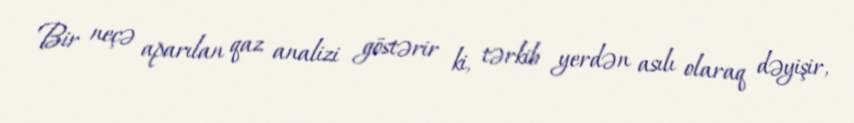
Bir neçə aparılan qaz analizi göstərir ki, tərkib yerdən asılı olaraq dəyişir,